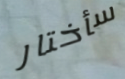
سأختار